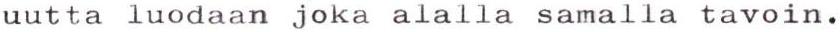
uutta luodaan joka alalla samalla tavoin.